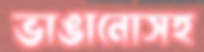
ভাঙানোসহ